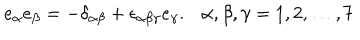
e _ { \alpha } e _ { \beta } = - \delta _ { \alpha \beta } + \epsilon _ { \alpha \beta \gamma } e _ { \gamma } . \alpha , \beta , \gamma = 1 , 2 , \ldots , 7